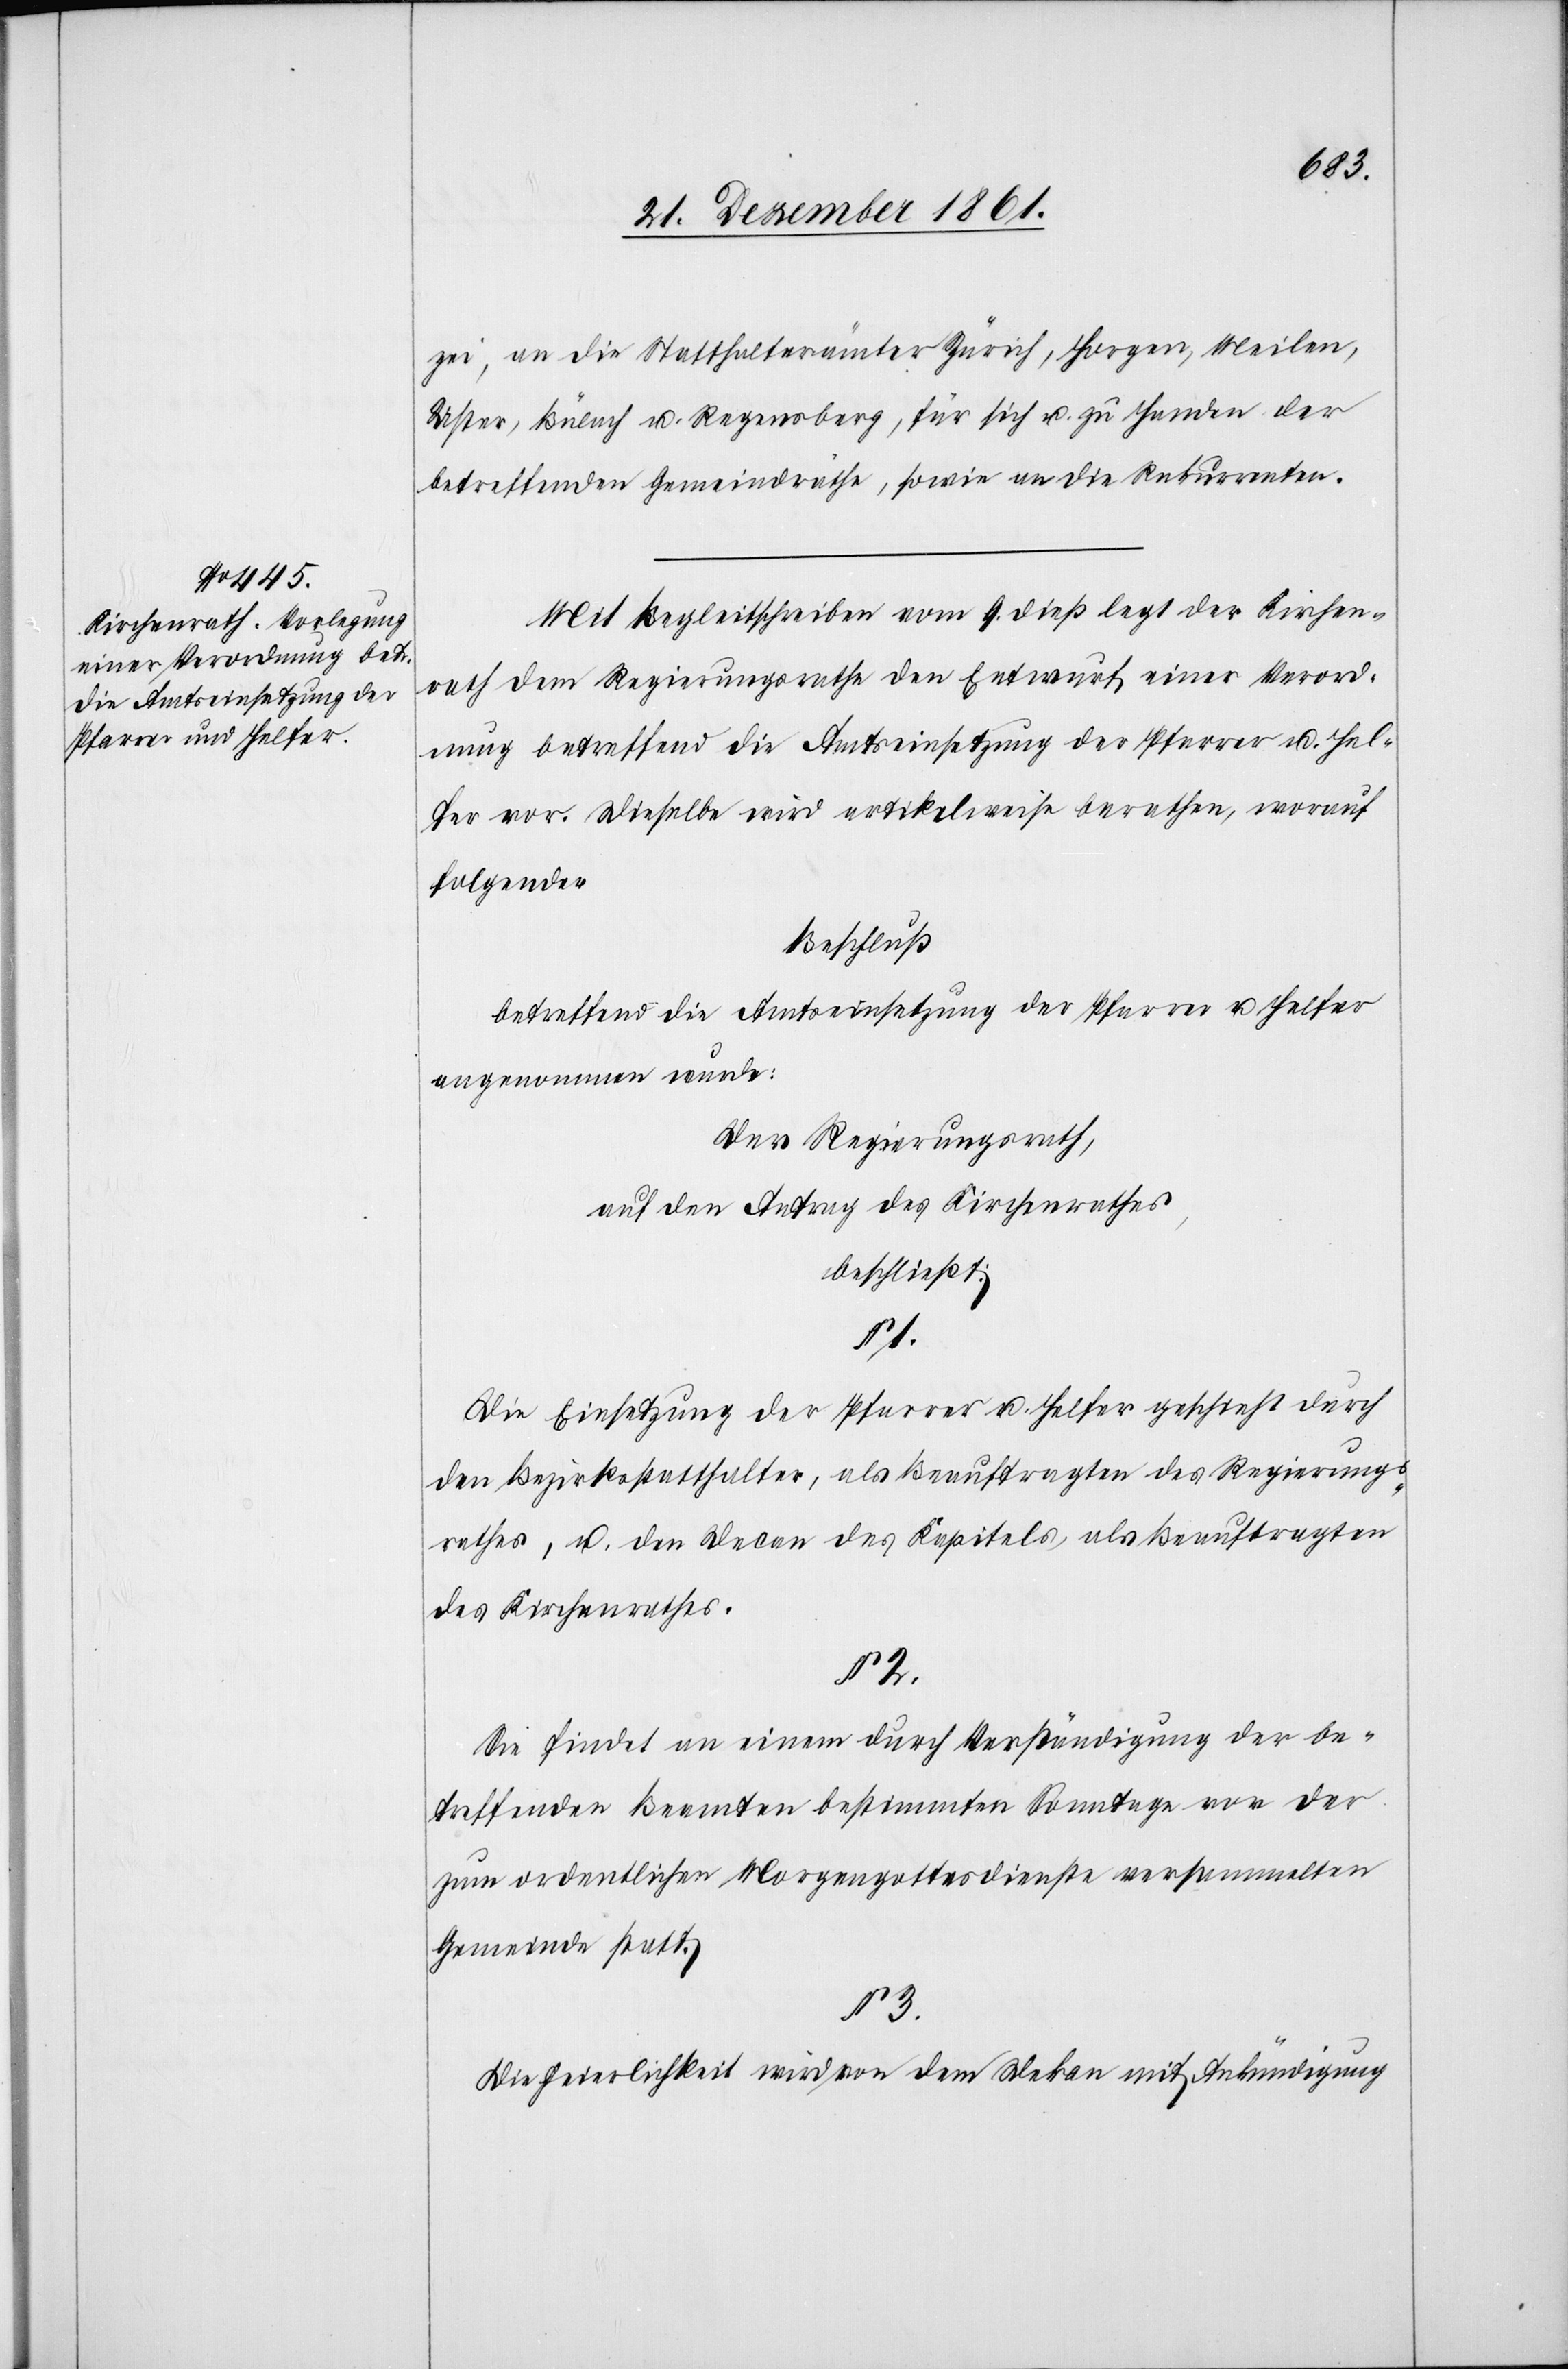
zei, an die Statthalterämter Zürich, Horgen, Meilen,
Uster, Bülach u. Regensberg, für sich u. zu Handen der
betreffenden Gemeindräthe, sowie an die Rekurrenten.
Mit Begleitschreiben vom 9 dieß legt der Kirchen¬
rath dem Regierungsrathe den Entwurf einer Verord¬
nung betreffend die Amtseinsetzung der Pfarrer u. Hel¬
fer vor. Dieselbe wird artikelweise berathen, worauf
folgender
Beschluß
Betreffend die Amtseinrichtung der Pfarrer u. Helfer
angenommen wurde;
Der Regierungsrath,
auf den Antrag des Kirchenrathes,
beschließt:
1.
Die Einsetzung der Pfarrer u. Helfer geschieht durch
den Bezirksstatthalter, als Beauftragten des Regierungs¬
rathes, u. den Decan des Kapitels, als Beauftragten
des Kirchenrathes.
§ 2.
Sie findet an einem durch Verständigung der be¬
treffenden Beamten bestimmten Sonntage vor der
zum ordentlichen Morgengottesdienste versammelten
Gemeinde statt.
§ 3.
Die Feierlichkeit wird von dem Dekan mit Ankündigung